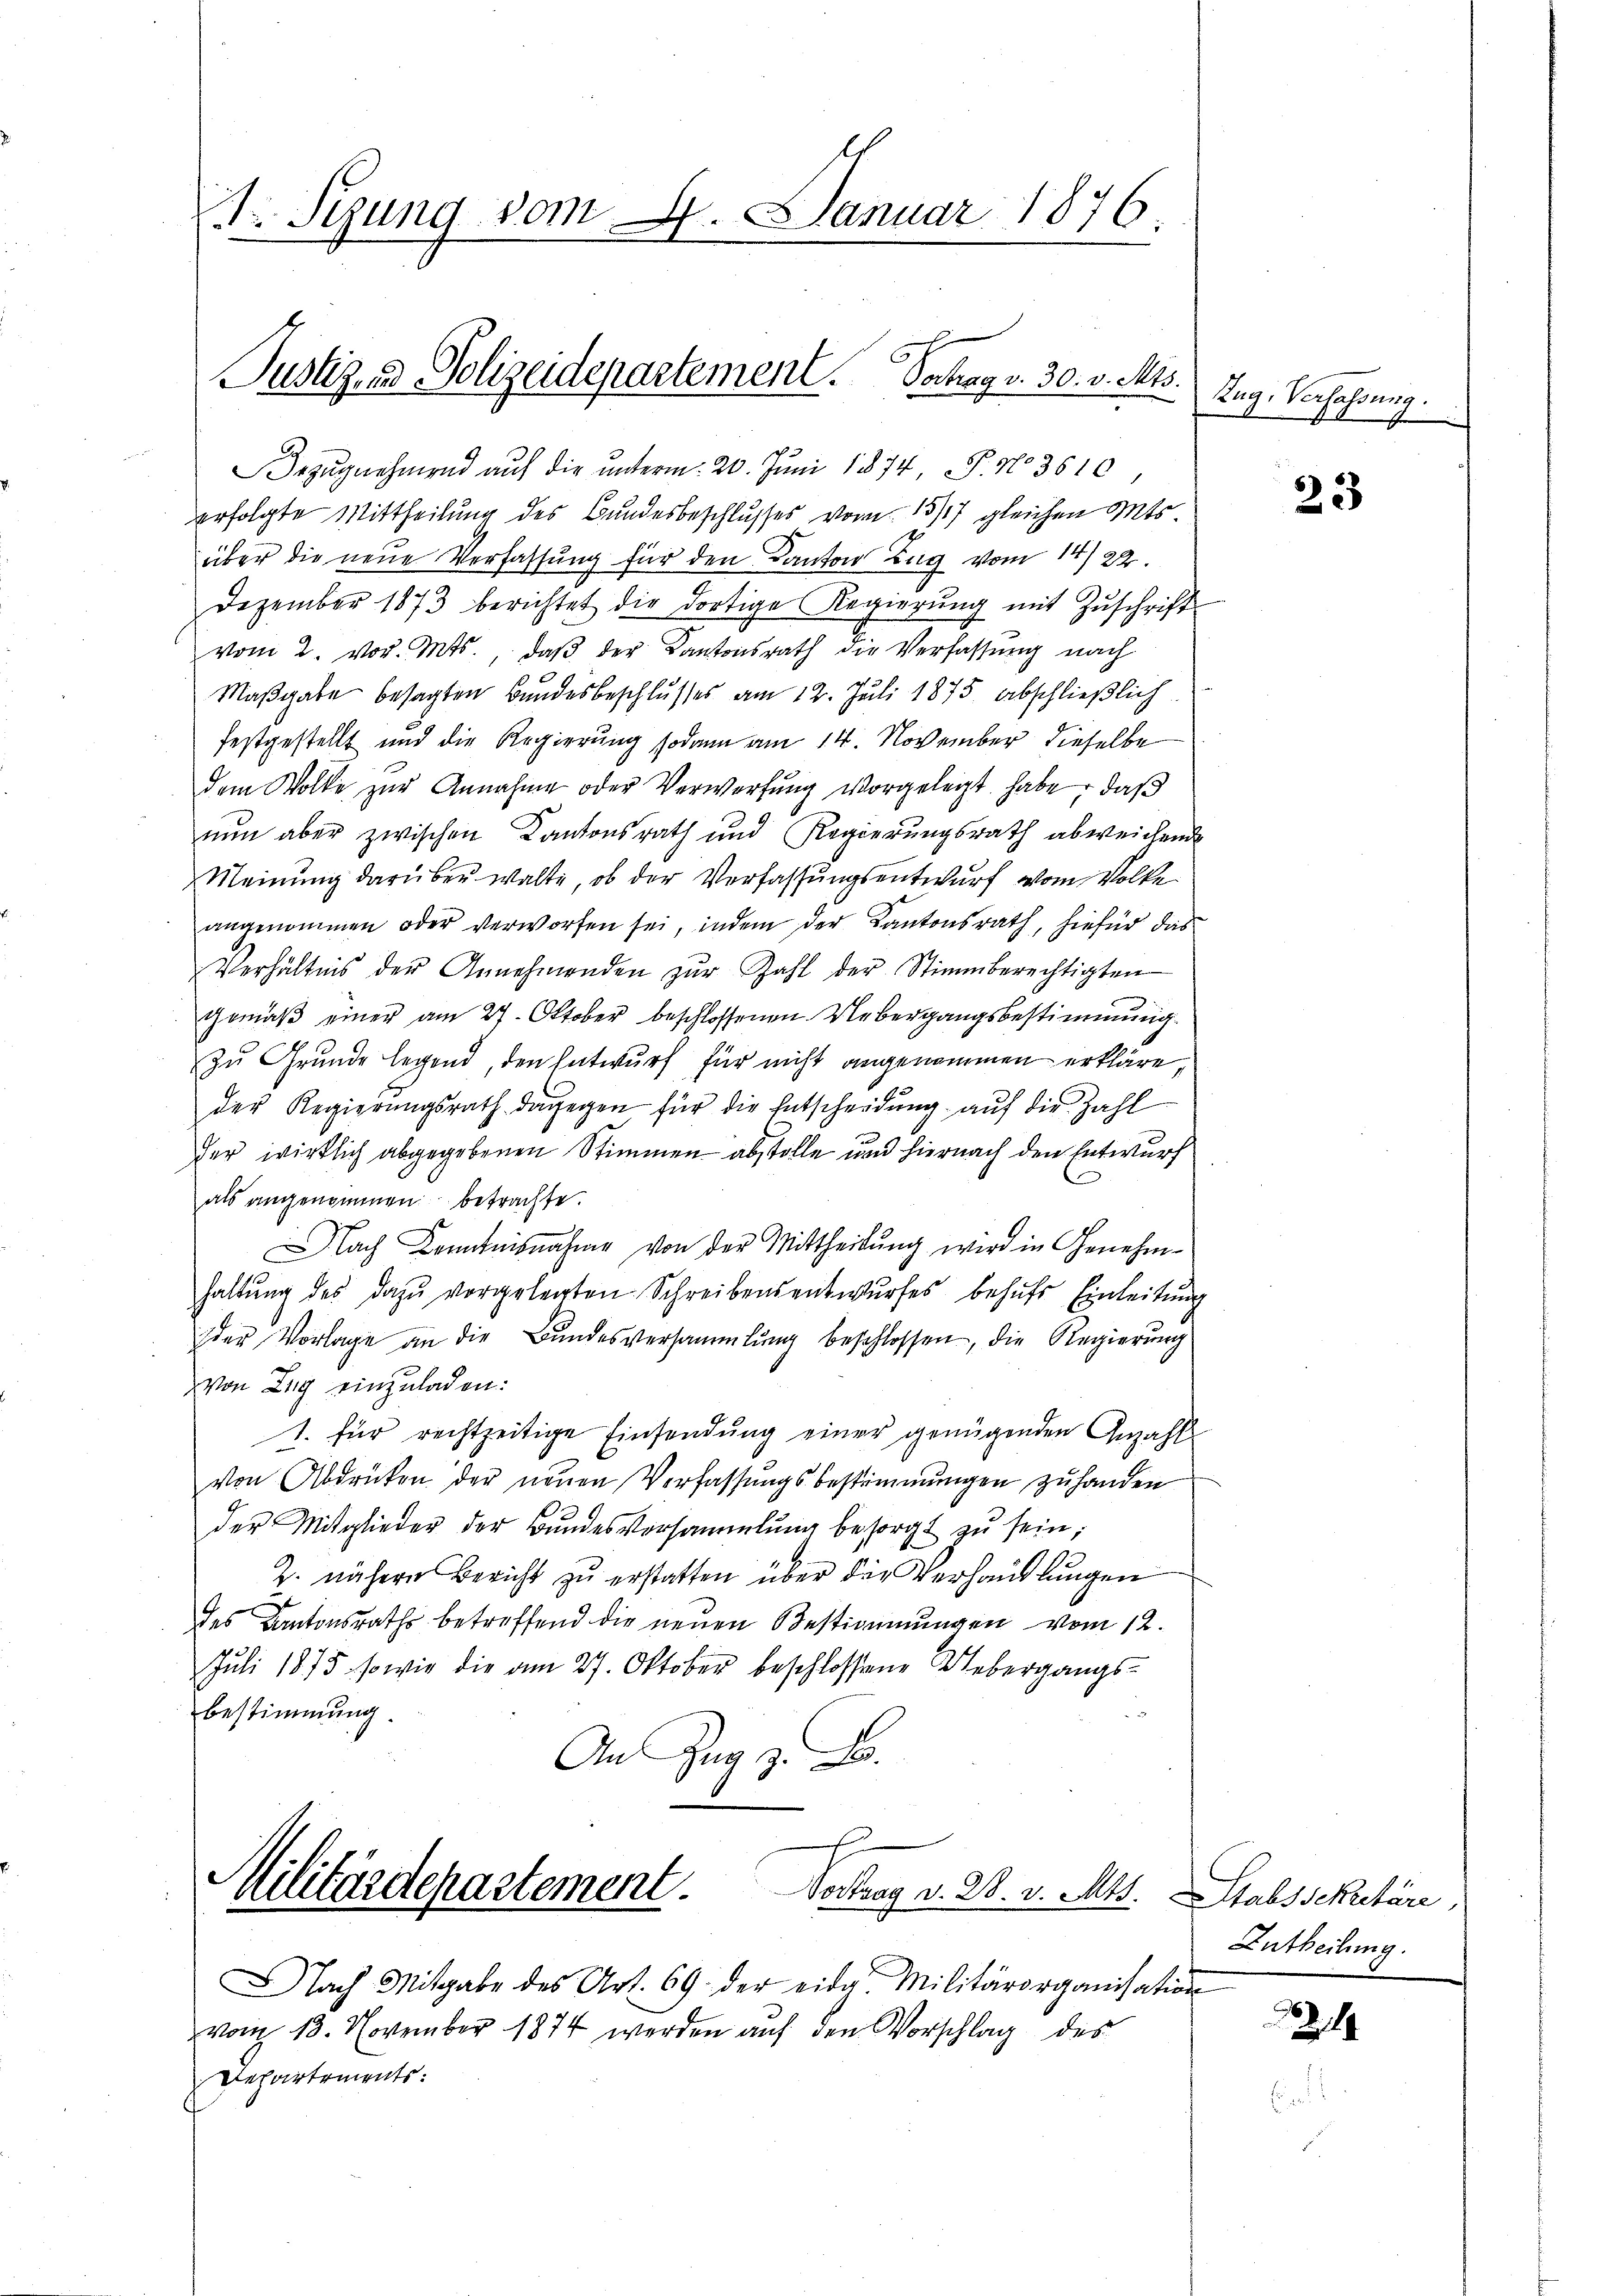
Dr. Sizung von
. Januar 1876.

Justiz- & Polizeidepartement. Dochag v. 30. v. Mts.

Bezŭgnehmend auf die unterm 20. Juni 1874, P. No 3610
erfolgte Mittheilung des Bundesbeschlusses vom 157 gleichen Mts.
über die neue Verfassung für den Kanton Tag vom 14. 22.
Dezember 1873 berichtet die dortige Regierŭng mit Zŭschrift
vom 2. vor. Mts., daβ der Kantonsrath die Verfassung nach
Maßgabe besagten Bundesbeschlusses am 12. Juli 1875. abschließlich
festgestellt und die Regierung sodann am 14. November dieselbe
dem Wolke zŭr Annahme oder Verwerfung vorgelegt habe, daß
nun aber zwischen Kantonsrath und Regierungsrath abweichende
Meinung darüber walte, ob der Verfassungsentwurf vom Volke
angenommen oder verworfen sei, indem der Kantonsrath, hiefür das
Verhältnis der Annehmenden zŭr Zahl der Stimmberechtigten
gemäß einer am 27. Oktober beschlossenen Uebergangsbestimmung
zu Grunde legend, den Entwurf für nicht angenommen erkläre
der Regierŭngsrath dagegen für die Entscheidung auf die Zahl
der wirklich abgegebenen Stimmen abstolle und hiernach den Entwurf
als angenommen betrachte.
ach Kenntnisnahme von der Mittheilung wird in Genehmhaltŭng des dazu vorgelegten Schreibensentwŭrfes behŭfs Einleitŭng
der Vorlage an die Bŭndesversammlung beschlossen, die Regierung
von Zug einzuladen:
1. für rechtzeitige Einsendung einer genügenden Gezahl
Von Abdrucken der neuen Verfassungsbestimmungen zuhanden
der Mitglieder der Bundesversammlung besorgt zu sein;
Z. nähere Bericht zu erstatten über die Verhandlungen
des Kantonsraths betreffend die neuen Bestimmungen vom 12.
Juli 1875 sowie die am 27. Oktober beschlossene Uebergangs-
bestimmung.

An Zug z. B.
J
Militärdepartement.
Vortrag v. 28. v. Mts. Stabssekretäre,
Nach Mitgabe des Art. 69. der eide Militärorganisation
vom 13. November 1874 werden auf den Vorschlag des
Departements:

Zug, Verfassung.

23

Entheilung.

4